Riigikantselei, lk 284
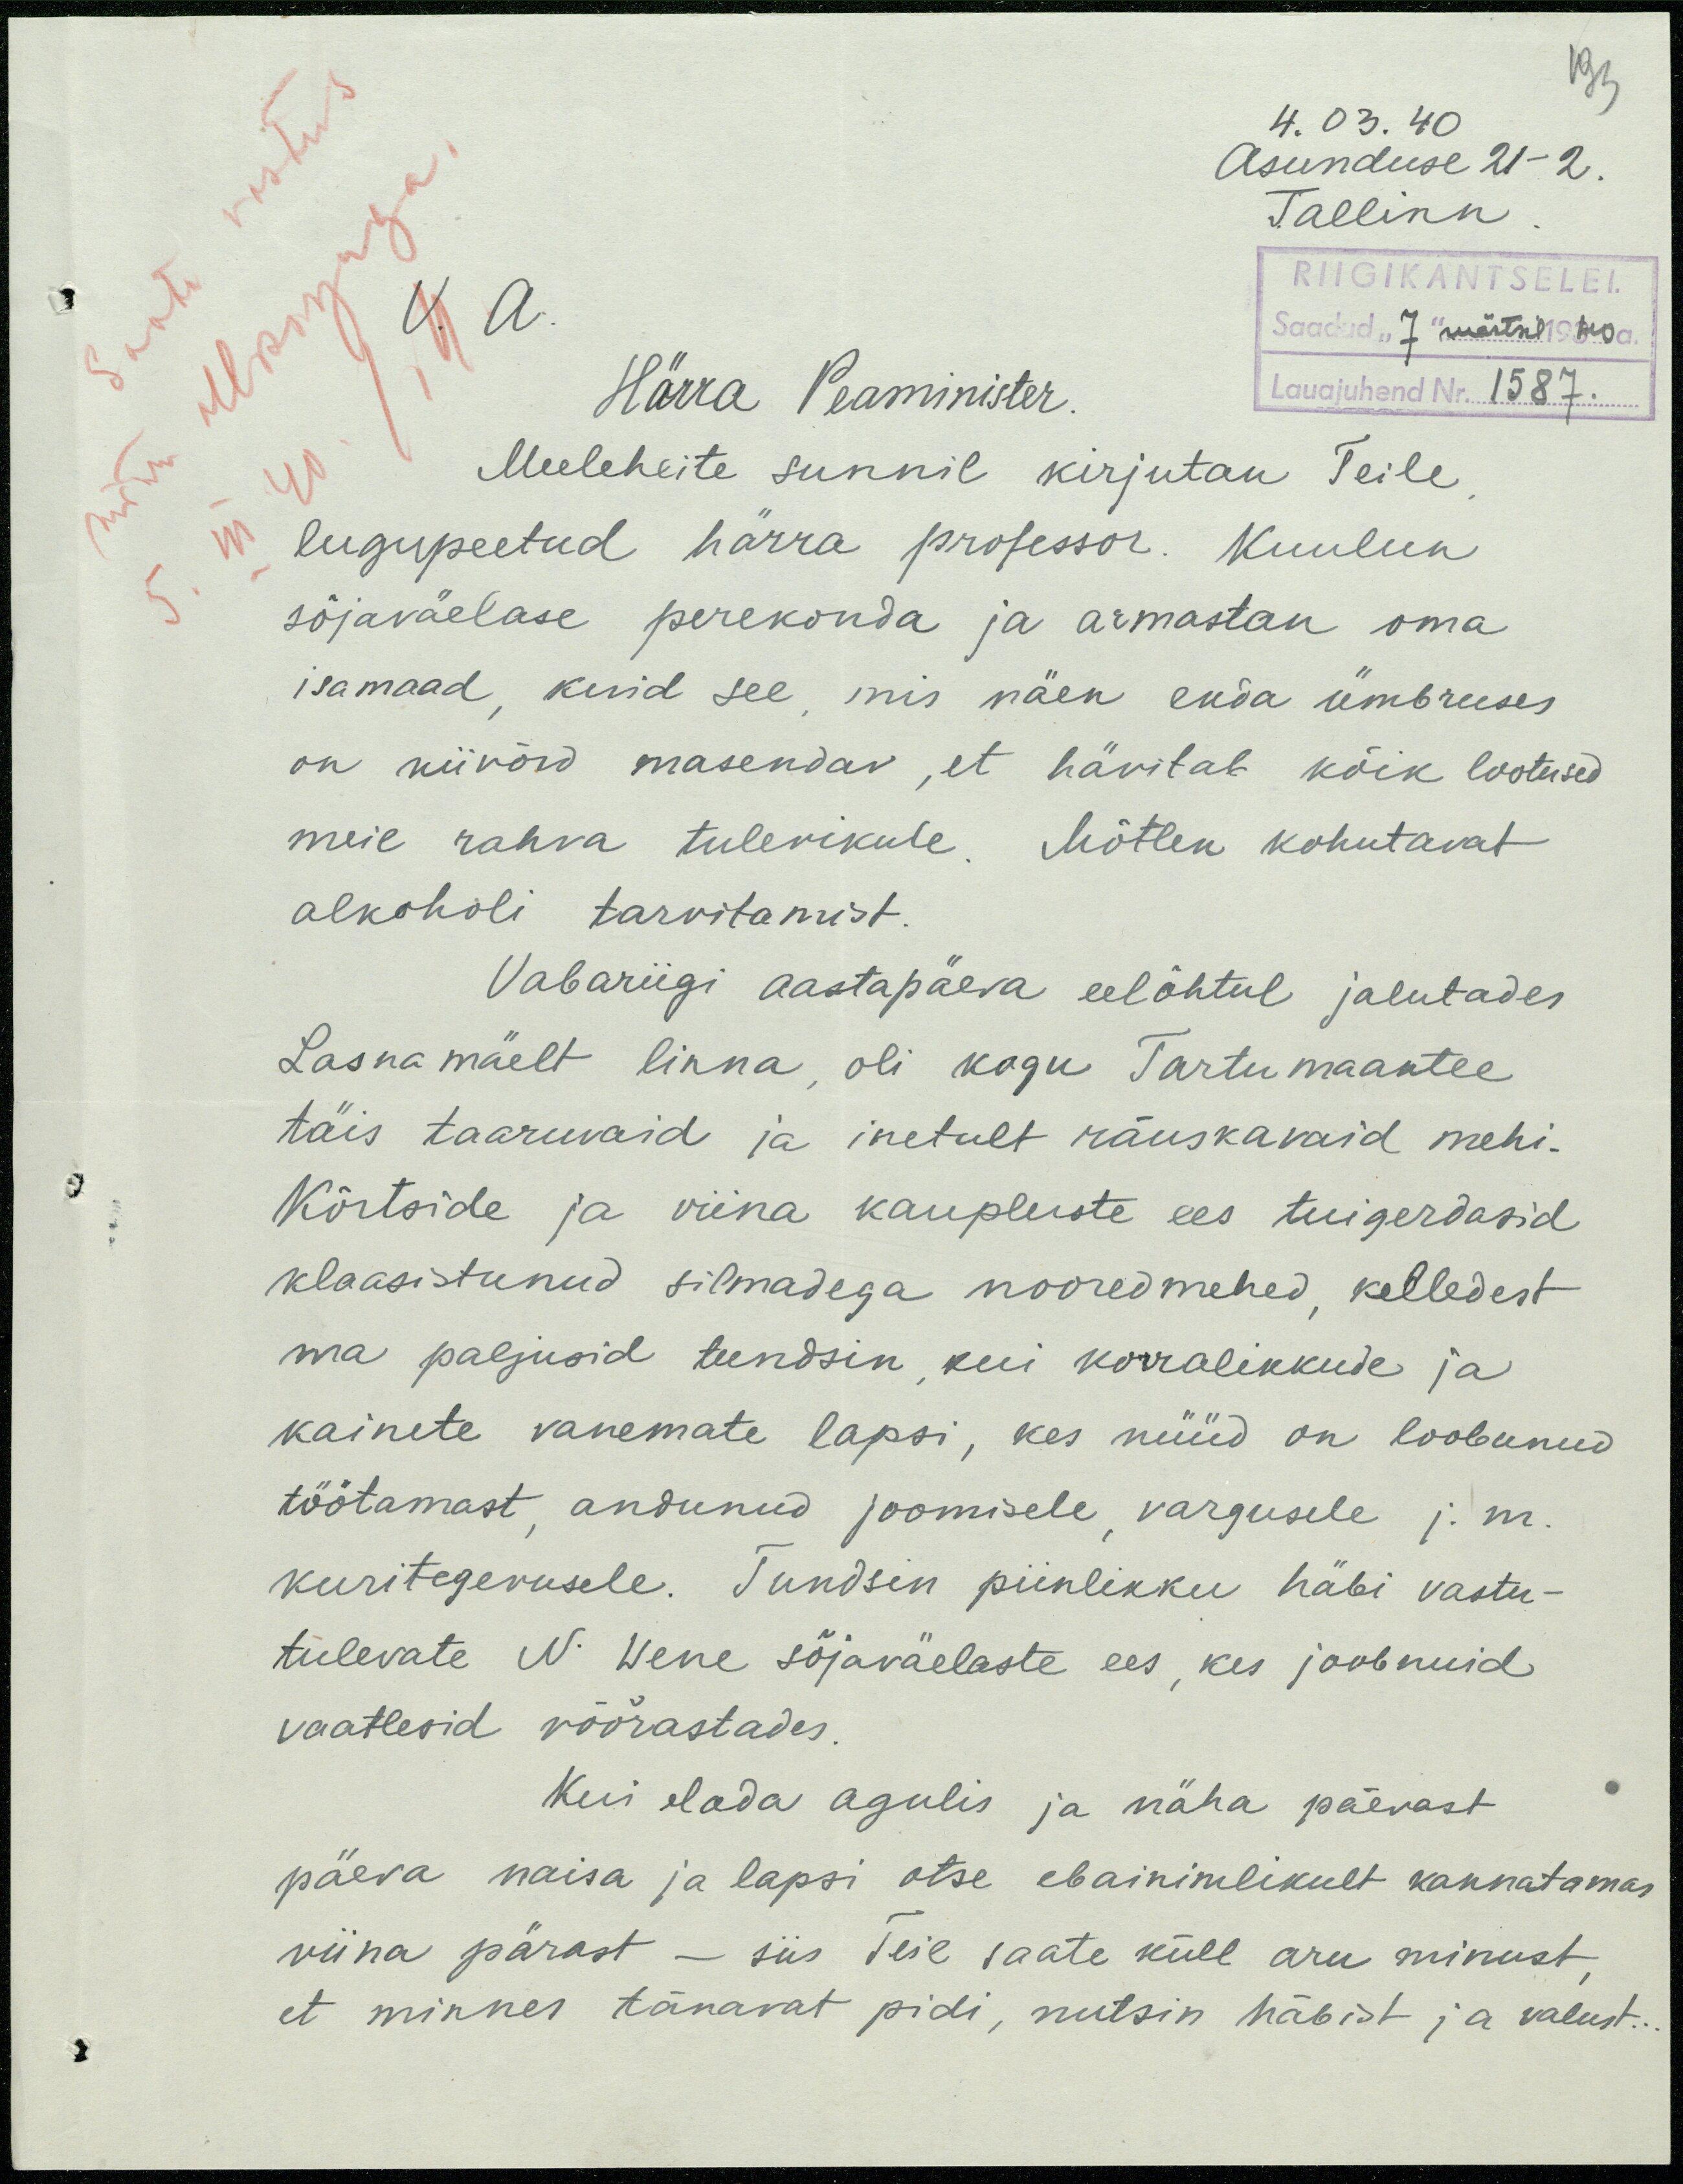
4. 03. 40
Asunduse 21-2.
Tallinn.
RIIGIKANTSELEI.
Saadud "7" märtsil 1940 a.
V. A.
Härra Peaminister.
Lauajuhend Nr. 1587.
Meeleheite sunnil kirjutan Teile
lugupeetud härra professor. Kuulun
sõjaväelase perekonda ja armastan oma
isamaad, kuid see mis näen enda ümbruses
on niivõrd masendav, et hävitab kõik lootused
meie rahva tulevikule. Mõtlen kohutavat
alkoholi tarvitamist.
Vabariigi aastapäeva eelõhtul jalutades
Lasnamäelt linna oli kogu Tartu maantee
täis taaruvaid ja inetult räuskavaid mehi.
Kõrtside ja viina kaupluste ees tuigerdasid
klaasistunud silmadega nooredmehed kelledest
ma paljusid tundsin kui korralikkude ja
kainete vanemate lapsi, kes nüüd on loobunud
töötamast, andunud joomisele, vargusele j. m.
kuritegevusele. Tundsin piinlikku häbi vastu-
tulevate N. Wene sõjaväelaste ees kes joobnuid
vaatlesid võõrastades.
Kui elada agulis ja näha päevast
päeva naisa ja lapsi otse ebainimlikult kannatamas
viina pärast - siis teie saate küll aru minust,
et minner tänavat pidi, nutsin häbist ja valust...